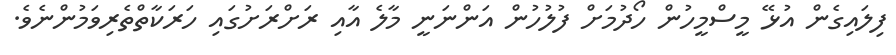
ފިލައިގެން އުޅޭ މީސްމީހުން ހޯދުމަށް ފުލުހުން އަންނަނީ މާލެ އާއި ރަށްރަށުގައި ހަރަކާތްތެރިވަމުންނެވެ.